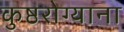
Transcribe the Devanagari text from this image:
कुष्ठरोग्याना